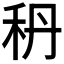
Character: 𥝳